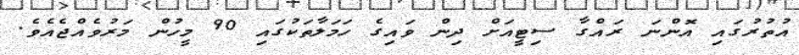
އުތުރުގައި އޮންނަ ރައްގާ ސިޓީއަށް ދިން ވައިގެ ހަމަލާތަކުގައި 90 މީހުން މަރުވެއްޖެއެވެ.